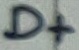
Text: D+